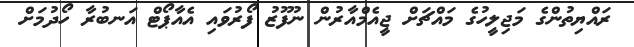
ރައްޔިތުންގެ މަޖިލީހުގެ މައްޗަށް ޖީއެމްއާރުން ނުފޫޒު ފޯރުވައި އެއާޕޯޓް އަނބުރާ ހޯދުމަށް